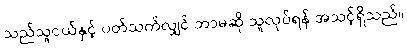
သည်သူငယ်နှင့် ပတ်သက်လျှင် ဘာမဆို သူလုပ်ရန် အသင့်ရှိသည်။